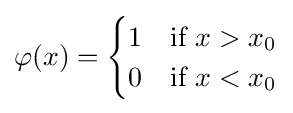
\varphi (x)={\begin{cases}1&{\text{if }}x>x_{0}\\0&{\text{if }}x<x_{0}\end{cases}}